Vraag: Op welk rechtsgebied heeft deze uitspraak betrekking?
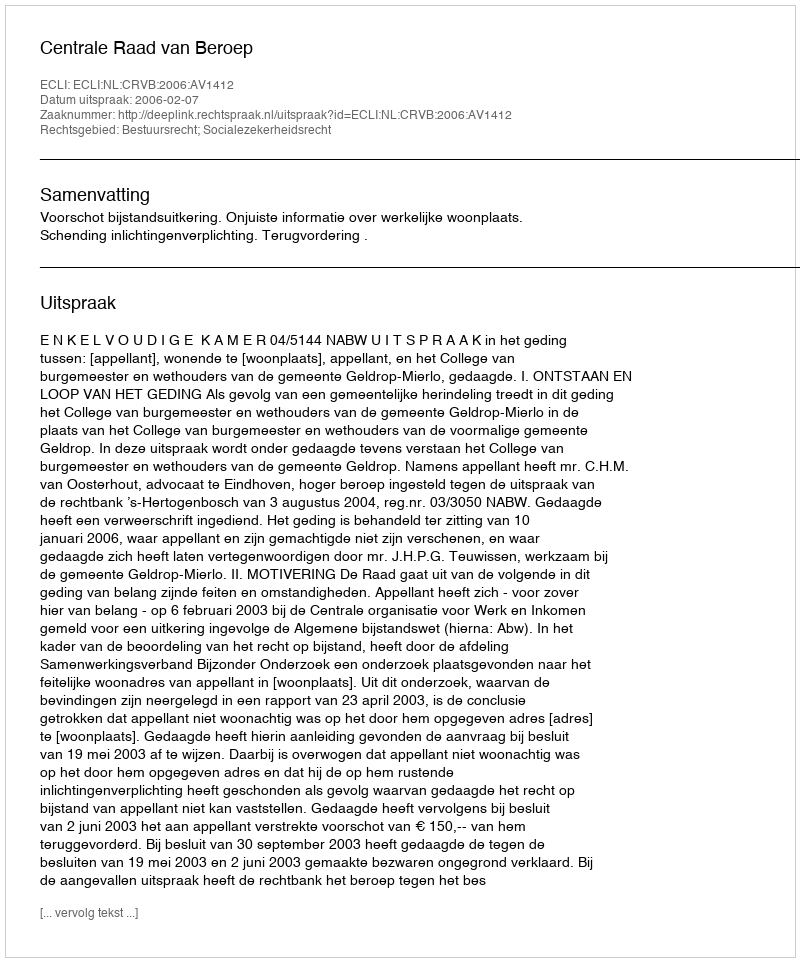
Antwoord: Bestuursrecht; Socialezekerheidsrecht